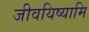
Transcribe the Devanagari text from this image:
जीवयिष्यामि